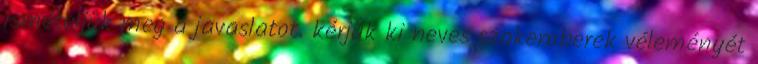
ismételjük meg a javaslatot. kérjük ki neves szakemberek véleményét